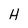
Character: H